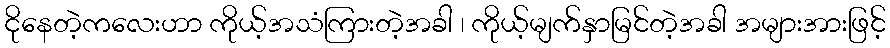
ငိုနေတဲ့ကလေးဟာ ကိုယ့်အသံကြားတဲ့အခါ ၊ ကိုယ့်မျက်နှာမြင်တဲ့အခါ အများအားဖြင့်